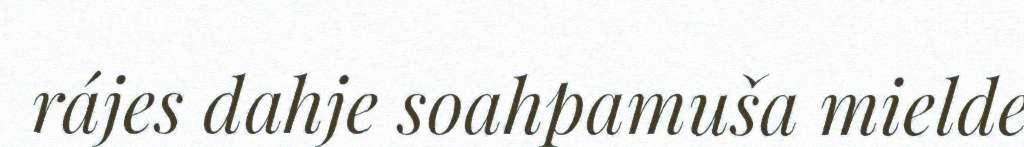
rájes dahje soahpamuša mielde